Note on the mental hospitals in Burma - 1925-1940
Year: 1925
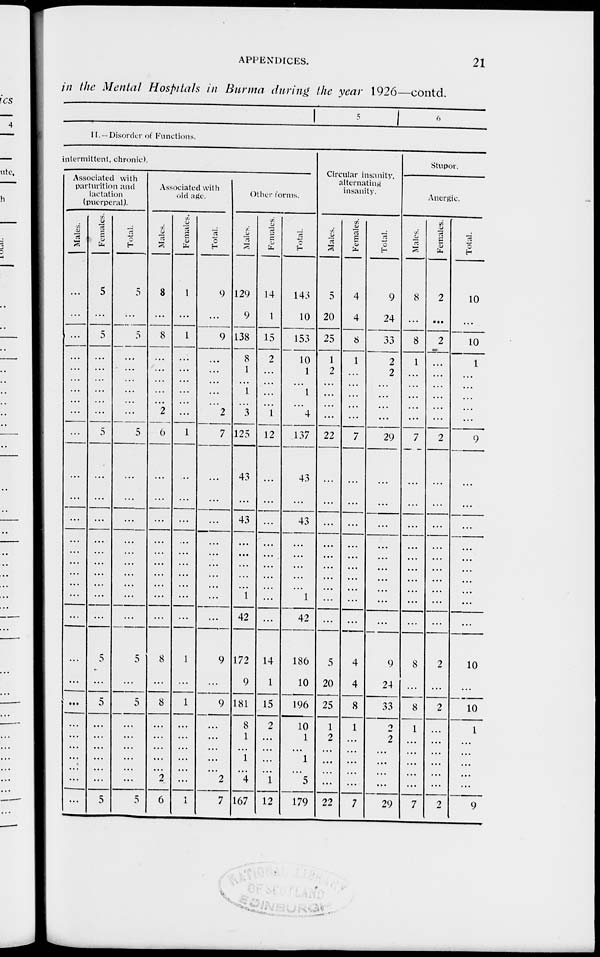
APPENDICES.
21
in the Mental Hospitals in Burma during the year 1926—contd.
5
6
II.—Disorder of Functions.
intermittent, chronic).
Associated with
parturition and
lactation
(puerperal).
Males.
...
...
...
...
...
...
...
...
...
...
...
...
...
...
...
...
...
...
...
...
...
...
...
...
...
...
...
...
...
...
Females.
5
...
5
...
...
...
...
...
...
5
...
...
...
...
...
...
...
...
...
...
5
...
5
...
...
...
...
...
...
5
Total.
5
...
5
...
...
...
...
...
...
5
...
...
...
...
...
...
...
...
...
...
5
...
5
...
...
...
...
...
...
5
Associated with
old age.
Males.
8
...
8
...
...
...
...
...
2
6
...
...
...
...
...
...
...
...
...
...
8
...
8
...
...
...
...
...
2
6
Females.
1
...
1
...
...
...
...
...
...
1
...
...
...
...
...
...
...
...
...
...
1
...
1
...
...
...
...
...
...
1
Total.
9
...
9
...
...
...
...
...
2
7
...
...
...
...
...
...
...
...
...
...
9
...
9
...
...
...
...
...
2
7
Other forms.
Males.
129
9
138
8
1
...
1
...
3
125
43
...
43
...
...
...
...
...
1
42
172
9
181
8
1
...
1
...
4
167
Females.
14
1
15
2
...
...
...
...
1
12
...
...
...
...
...
...
...
...
...
...
14
1
15
2
...
...
...
...
1
12
Total.
143
10
153
10
1
...
1
...
4
137
43
...
43
...
...
...
...
...
1
42
186
10
196
10
1
...
1
...
5
179
Circular insanity,
alternating
insanity.
Males.
5
20
25
1
2
...
...
...
...
22
...
...
...
...
...
...
...
...
...
...
5
20
25
1
2
...
...
...
...
22
Females.
4
4
8
1
...
...
...
...
...
7
...
...
...
...
...
...
...
...
...
...
4
4
8
1
...
...
...
...
...
7
Total.
9
24
33
2
2
...
...
...
...
29
...
...
...
...
...
...
...
...
...
...
9
24
33
2
2
...
...
...
...
29
Stupor.
Anergic.
Males.
8
...
8
1
...
...
...
...
...
7
...
...
...
...
...
...
...
...
...
...
8
...
8
1
...
...
...
...
...
7
Females.
2
...
2
...
...
...
...
...
...
2
...
...
...
...
...
...
...
...
...
...
2
...
2
...
...
...
...
...
...
2
Total.
10
...
10
1
...
...
...
...
...
9
...
...
...
...
...
...
...
...
...
...
10
...
10
1
...
...
...
...
...
9